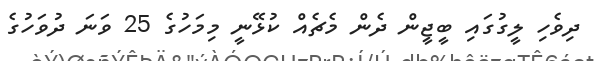
ދިވެހި ލީގުގައި ބީޖީން ދެން މެޗެއް ކުޅޭނީ މިމަހުގެ 25 ވަނަ ދުވަހުގެ